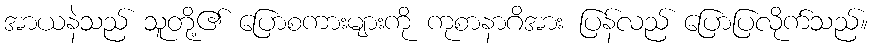
အာယနဲသည် သူတို့၏ ပြောစကားများကို ကုစာနာဂိအား ပြန်လည် ပြောပြလိုက်သည်။